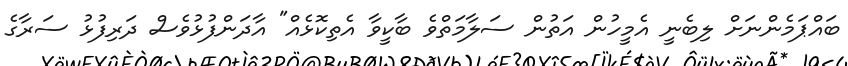
ބައްޕަމެންނަށް ލިބެނީ އެމީހުން އަތުން ސަލާމަތްވެ ބާކީވާ އެތިކޮޅެއް" އާދަންފުޅުވެސް ދަރިފުޅު ސަރާގެ